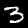
Digit: 3